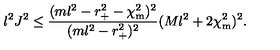
l ^ { 2 } J ^ { 2 } \leq \frac { ( m l ^ { 2 } - r _ { + } ^ { 2 } - \chi _ { \mathrm { m } } ^ { 2 } ) ^ { 2 } } { ( m l ^ { 2 } - r _ { + } ^ { 2 } ) ^ { 2 } } ( M l ^ { 2 } + 2 \chi _ { \mathrm { m } } ^ { 2 } ) ^ { 2 } .